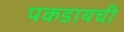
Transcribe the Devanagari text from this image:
पकडायची